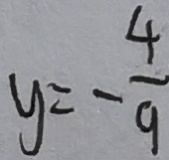
y = - \frac { 4 } { 9 }